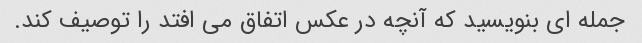
جمله ای بنویسید که آنچه در عکس اتفاق می افتد را توصیف کند.